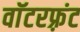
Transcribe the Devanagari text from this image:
वाॅटरफ़्रंट